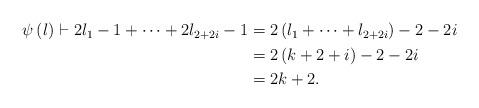
LaTeX: \begin{align*}\begin{aligned}\psi\left(\l\right)\vdash 2\l_1-1+\dots+2\l_{2+2i}-1&=2\left(\l_1+\dots+\l_{2+2i}\right)-2-2i\\&=2\left(k+2+i\right)-2-2i\\&=2k+2.\end{aligned}\end{align*}